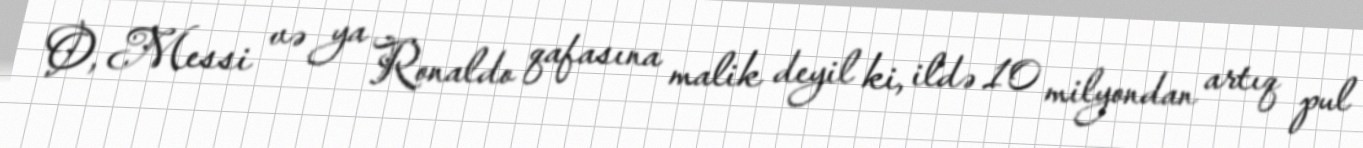
O, Messi və ya Ronaldo qafasına malik deyil ki, ildə 10 milyondan artıq pul